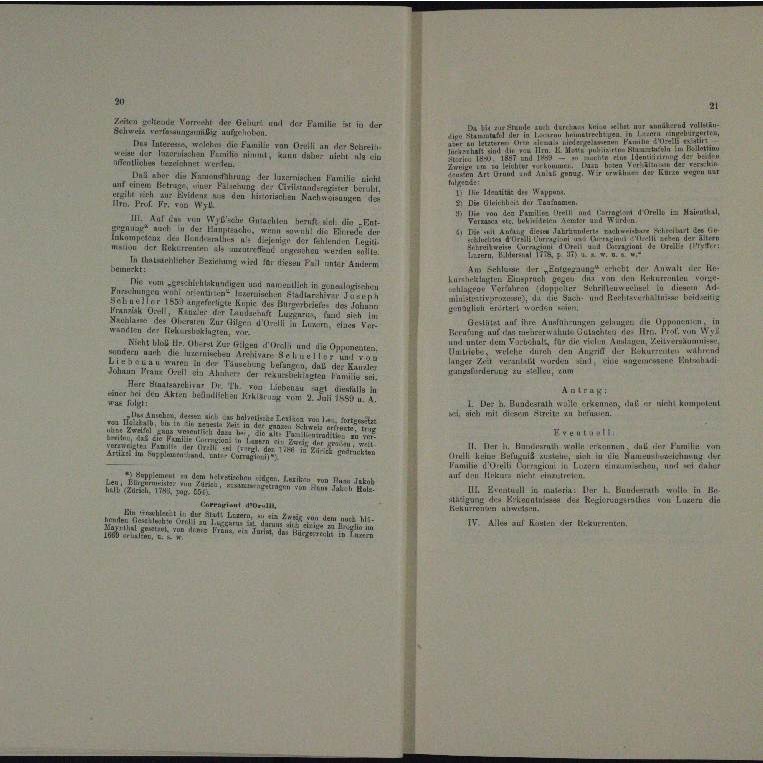
Vor der Gener um der Familie er in der
ee ein einleitung eine ein

m
a
¬
Schre

t

erutschien I
u
n
werden.

Das aber des Kunerfahrung der leszerischen Familie Kirchl
 atte der Wesent.
.

2) Die Gleichheit der Fausnamen.
und hier
A  Hainhal
d
u
al in von Wyss Gutachtruhrruft mal die P
wis
it des Er

.
d
                    Sachen werden
u

In Charrer Beziehung wird der diesen Fall unter Anderm
lebt der Anwalt der
bemerkt:
eneralen vorig
u
.
namentlich in alleichen
ü
u
a
Mr. H. Mit Stallaschirer Joseph

a

n
u
Harungen gelangen die Opponen
Gestützt auf ih
.
augen eine an

Errau
n der I

en eine
Licht bleib Hr. Ellerst Zur
Tirol und die Anzument
aun
hme der
u
.
t
uermie
i betr
oten und die eine
und
.

a
Herr Staatsartien I Th. von lieben
enfalls in
Antrag:
e et den Akten Betreten vom 2.
E Tulpt
 HE  Klut

a. die

e
Freun
u
.
Hier h.
H wo erkennen. Auf der Familie vom
n

Trülli keine E
ug
uie Nu
ud mit deren, und in darun
emter
u

e in dem er

Ernstuell in muteria: der L Bundesrath wille in S
 Lus
u
usrathe
n
n
Man dort.
ALeter,
Zwei

emter
IV. Alles auf der Rekurr